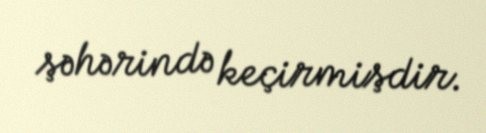
şəhərində keçirmişdir.